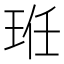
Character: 𭹆